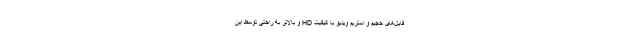
فایل‌های حجیم و استریم ویدیو با کیفیت HD و بالاتر به راحتی توسط این